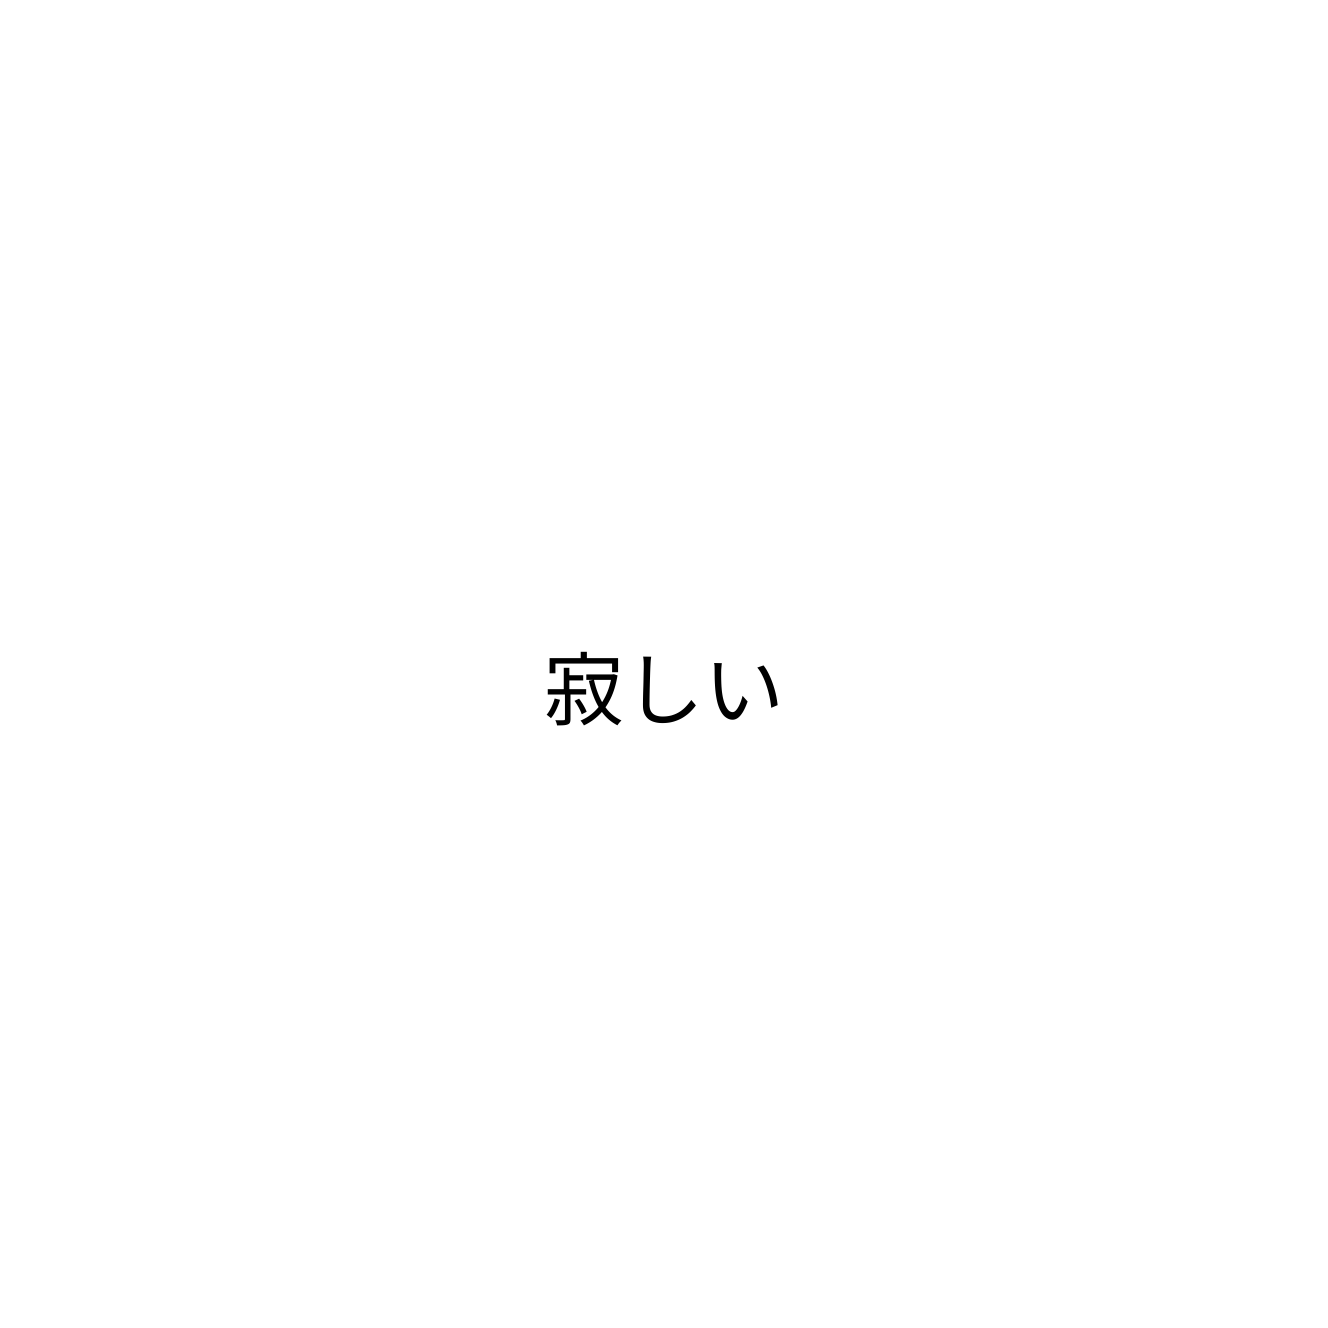
寂しい